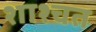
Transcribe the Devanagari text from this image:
शाश्चत